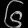
Digit: ၆